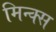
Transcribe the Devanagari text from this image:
मिन्क्स